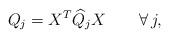
LaTeX: \begin{align*}Q_j=X^T\widehat{Q}_jX\quad\quad\forall\, j,\end{align*}